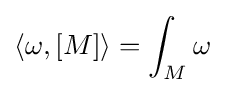
\langle \omega ,[M]\rangle =\int _{M}\omega \